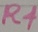
Text: R4